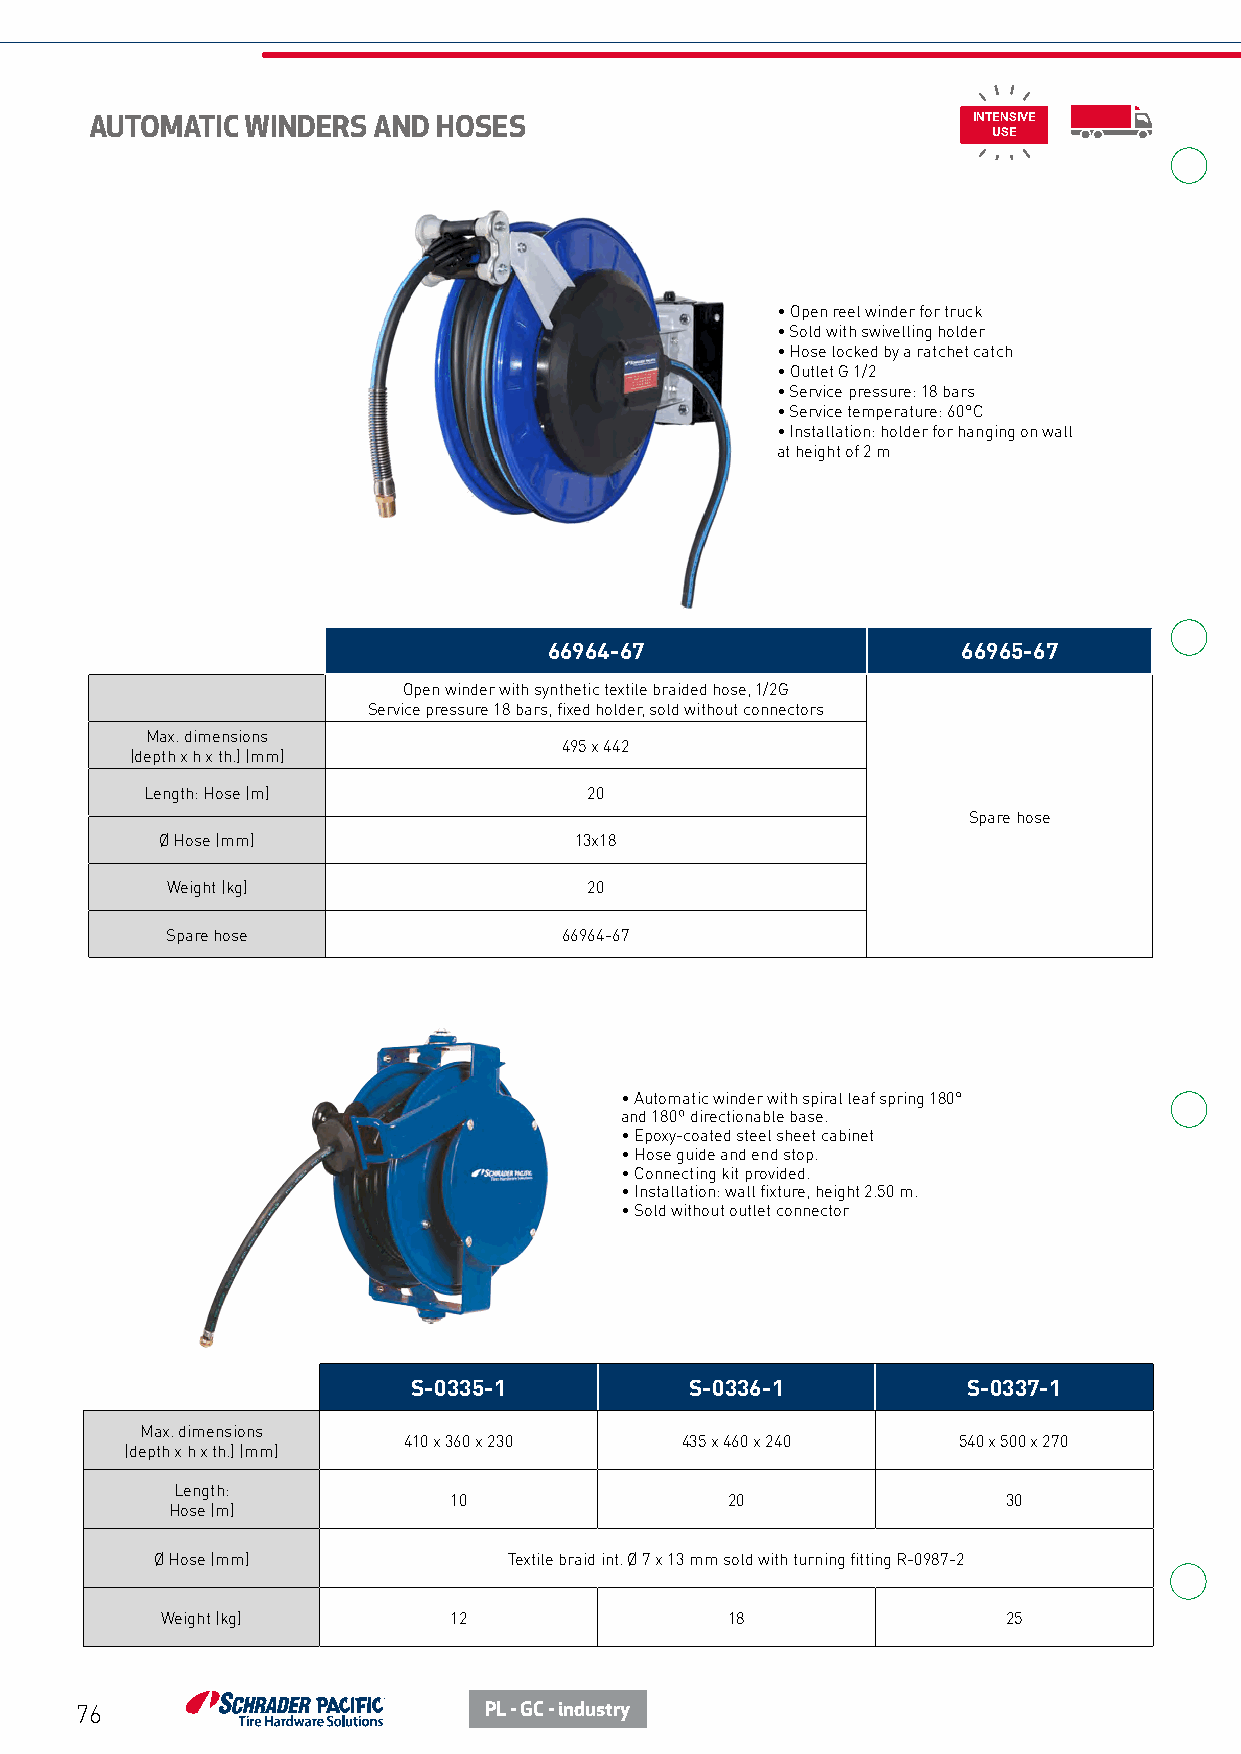
AUTOMATIC WINDERS  AND HOSES                              INTENSIVE
 USE
 • Open reel winder for truck
 • Sold with swivelling holder
 • Hose locked by a ratchet catch
 • Outlet G 1/2
 • Service pressure: 18 bars
 • Service temperature: 60°C
 • Installation: holder for hanging on wall
 at height of 2 m
 66964-67                    66965-67
 Open winder with synthetic textile braided hose, 1/2G
 Service pressure 18 bars, fixed holder, sold without connectors
 Max. dimensions
 495 x 442
 (depth x h x th.) (mm)
 Length: Hose (m)             20
 Spare hose
 Ø Hose (mm)                13x18
 Weight (kg)                 20
 Spare hose                66964-67
 • Automatic winder with spiral leaf spring 180°
 and 180º directionable base.
 • Epoxy-coated steel sheet cabinet
 • Hose guide and end stop.
 • Connecting kit provided.
 • Installation: wall fixture, height 2.50 m.
 • Sold without outlet connector
 S-0335-1           S-0336-1          S-0337-1
 Max. dimensions
 410 x 360 x 230   435 x 460 x 240   540 x 500 x 270
 (depth x h x th.) (mm)
 Length:
 10                20                 30
 Hose (m)
 Ø Hose (mm)             Textile braid int. Ø 7 x 13 mm sold with turning fitting R-0987-2
 Weight (kg)        12                18                 25
 76                         PL - GC - industry